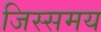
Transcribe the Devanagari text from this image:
जिस्समय